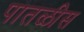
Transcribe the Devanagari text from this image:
पातळीस